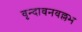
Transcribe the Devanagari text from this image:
वृन्दावनवल्लभ